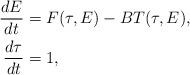
LaTeX: \begin{align*}\begin{aligned}\frac{dE}{dt}&=F(\tau,E)-BT(\tau,E),\\\frac{d \tau}{dt}&=1,\end{aligned}\end{align*}